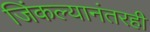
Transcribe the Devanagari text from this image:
जिंकल्यानंतरही